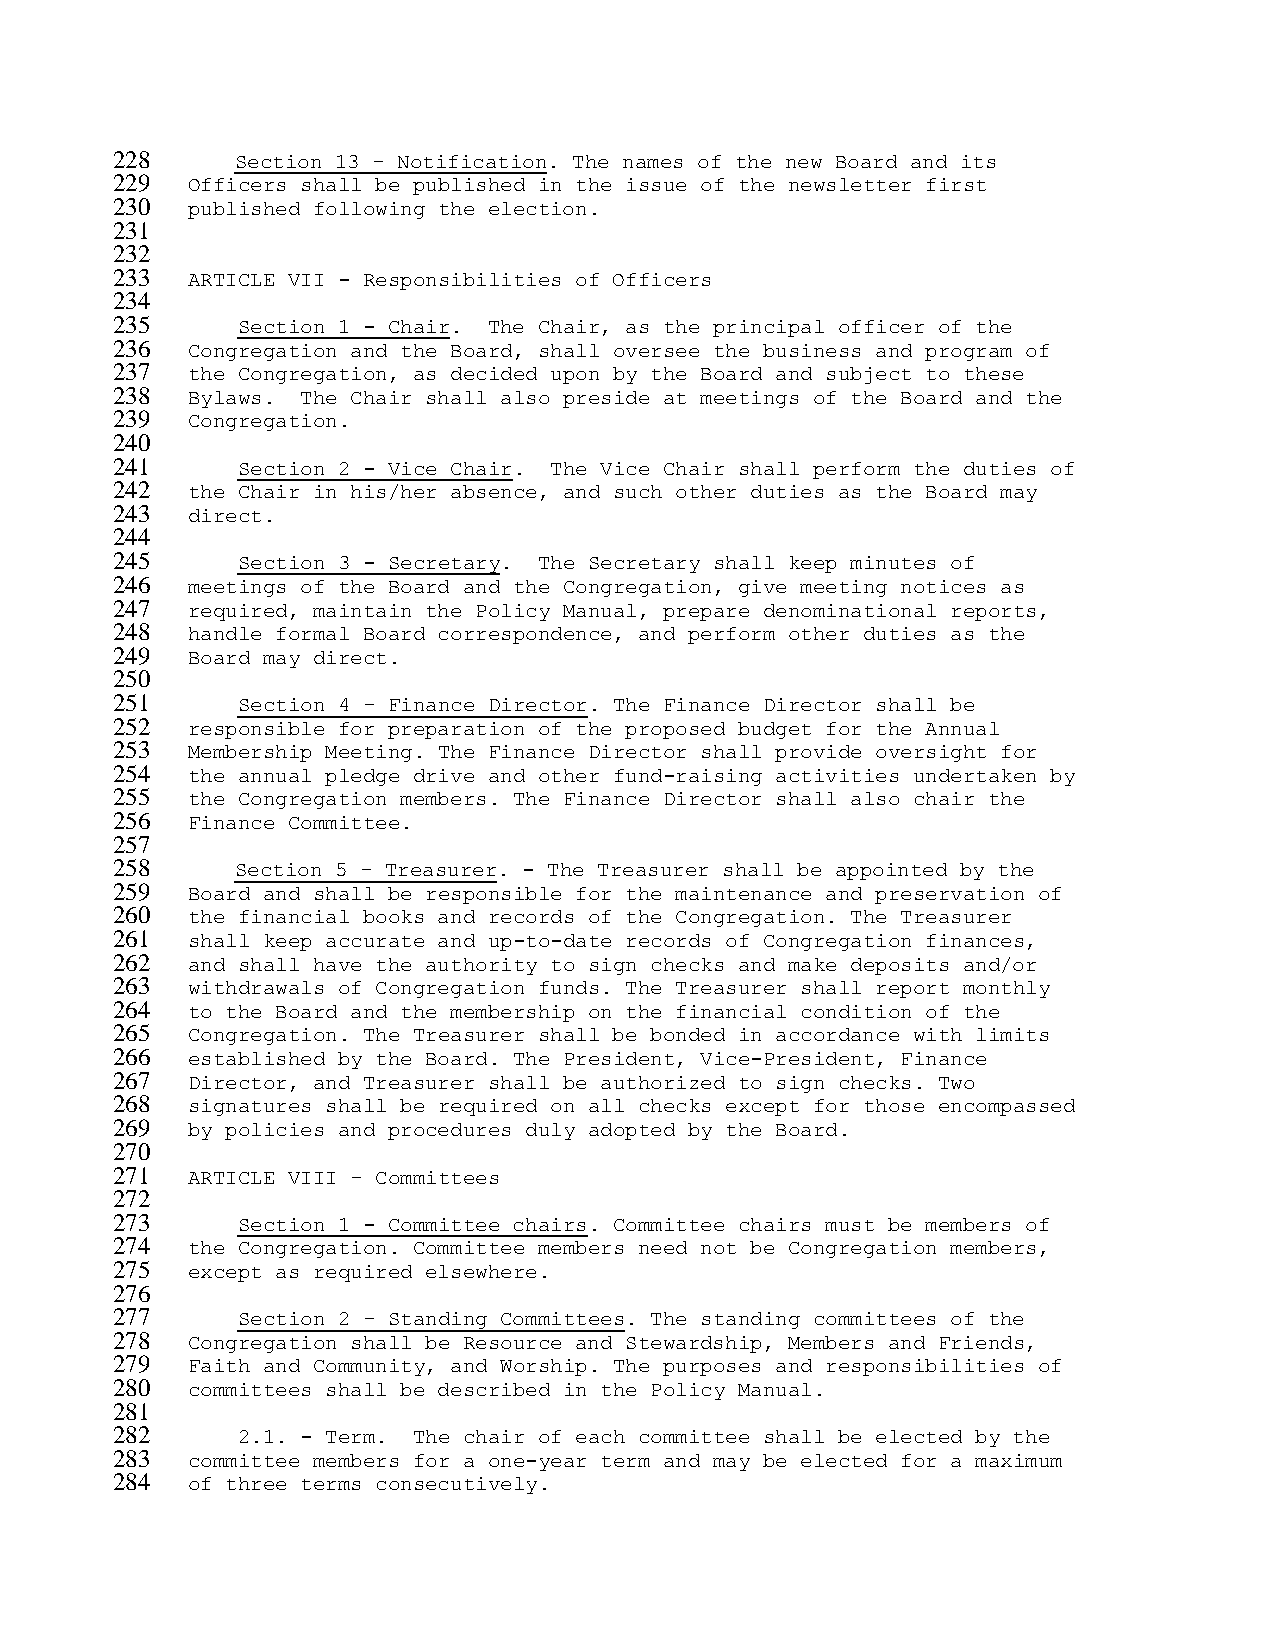
228      Section 13 – Notification. The names of the new Board and its
 229  Officers shall be published in the issue of the newsletter first
 230  published following the election.
 231
 232
 233  ARTICLE VII - Responsibilities of Officers
 234
 235      Section 1 - Chair. The Chair, as the principal officer of the
 236  Congregation and the Board, shall oversee the business and program of
 237  the Congregation, as decided upon by the Board and subject to these
 238  Bylaws. The Chair shall also preside at meetings of the Board and the
 239  Congregation.
 240
 241      Section 2 - Vice Chair. The Vice Chair shall perform the duties of
 242  the Chair in his/her absence, and such other duties as the Board may
 243  direct.
 244
 245      Section 3 - Secretary. The Secretary shall keep minutes of
 246  meetings of the Board and the Congregation, give meeting notices as
 247  required, maintain the Policy Manual, prepare denominational reports,
 248  handle formal Board correspondence, and perform other duties as the
 249  Board may direct.
 250
 251      Section 4 – Finance Director. The Finance Director shall be
 252  responsible for preparation of the proposed budget for the Annual
 253  Membership Meeting. The Finance Director shall provide oversight for
 254  the annual pledge drive and other fund-raising activities undertaken by
 255  the Congregation members. The Finance Director shall also chair the
 256  Finance Committee.
 257
 258      Section 5 – Treasurer. - The Treasurer shall be appointed by the
 259  Board and shall be responsible for the maintenance and preservation of
 260  the financial books and records of the Congregation. The Treasurer
 261  shall keep accurate and up-to-date records of Congregation finances,
 262  and shall have the authority to sign checks and make deposits and/or
 263  withdrawals of Congregation funds. The Treasurer shall report monthly
 264  to the Board and the membership on the financial condition of the
 265  Congregation. The Treasurer shall be bonded in accordance with limits
 266  established by the Board. The President, Vice-President, Finance
 267  Director, and Treasurer shall be authorized to sign checks. Two
 268  signatures shall be required on all checks except for those encompassed
 269  by policies and procedures duly adopted by the Board.
 270
 271  ARTICLE VIII – Committees
 272
 273      Section 1 - Committee chairs. Committee chairs must be members of
 274  the Congregation. Committee members need not be Congregation members,
 275  except as required elsewhere.
 276
 277      Section 2 – Standing Committees. The standing committees of the
 278  Congregation shall be Resource and Stewardship, Members and Friends,
 279  Faith and Community, and Worship. The purposes and responsibilities of
 280  committees shall be described in the Policy Manual.
 281
 282      2.1. - Term. The chair of each committee shall be elected by the
 283  committee members for a one-year term and may be elected for a maximum
 284  of three terms consecutively.